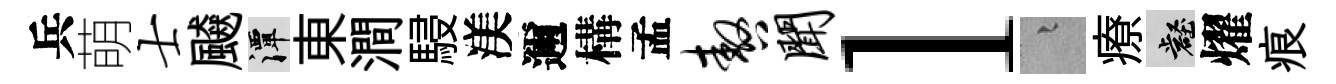
兵萌士飇潭東澗駸渼邇構孟嗷闻l融療壑燿痕